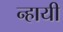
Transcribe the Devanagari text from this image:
न्हायी